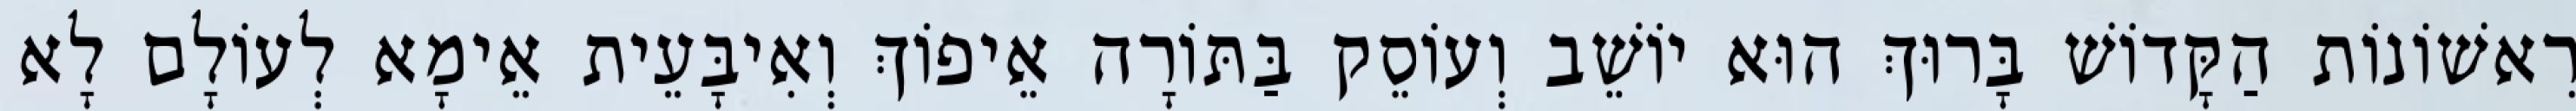
רִאשׁוֹנוֹת הַקָּדוֹשׁ בָּרוּךְ הוּא יוֹשֵׁב וְעוֹסֵק בַּתּוֹרָה אֵיפוֹךְ וְאִיבָּעֵית אֵימָא לְעוֹלָם לָא